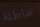
خاطئة